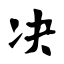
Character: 决